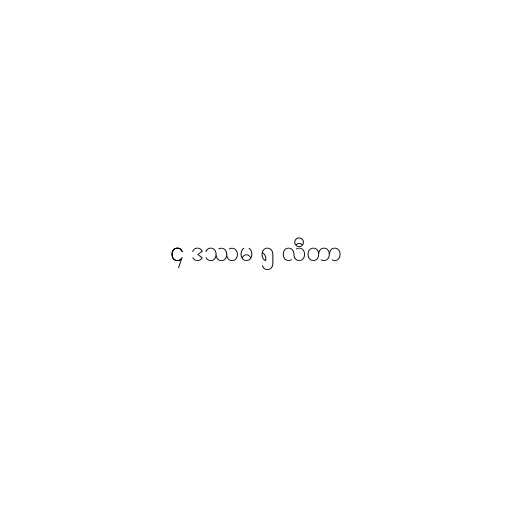
၄ ဒဿမ ၅ လီတာ